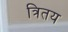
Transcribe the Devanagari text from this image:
त्रितय